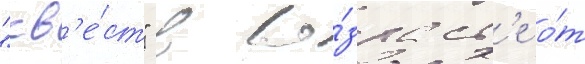
"кв'е́ст" в во́зраст'е о́т